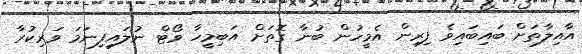
އާއިލާތަށް ބައިބައިވެ ފިރިން އެމީހުން ބުނާ ގޮތަށް އަބިމީހާ ވޯޓް ނުލައިފިނަމަ ވަރިކުރާ